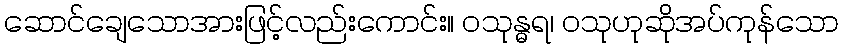
ဆောင်ချေသောအားဖြင့်လည်းကောင်း။ ဝသုန္ဓရ၊ ဝသုဟုဆိုအပ်ကုန်သော